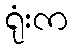
ရုံးက